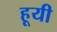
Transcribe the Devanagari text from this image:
हूयी